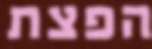
הפצת